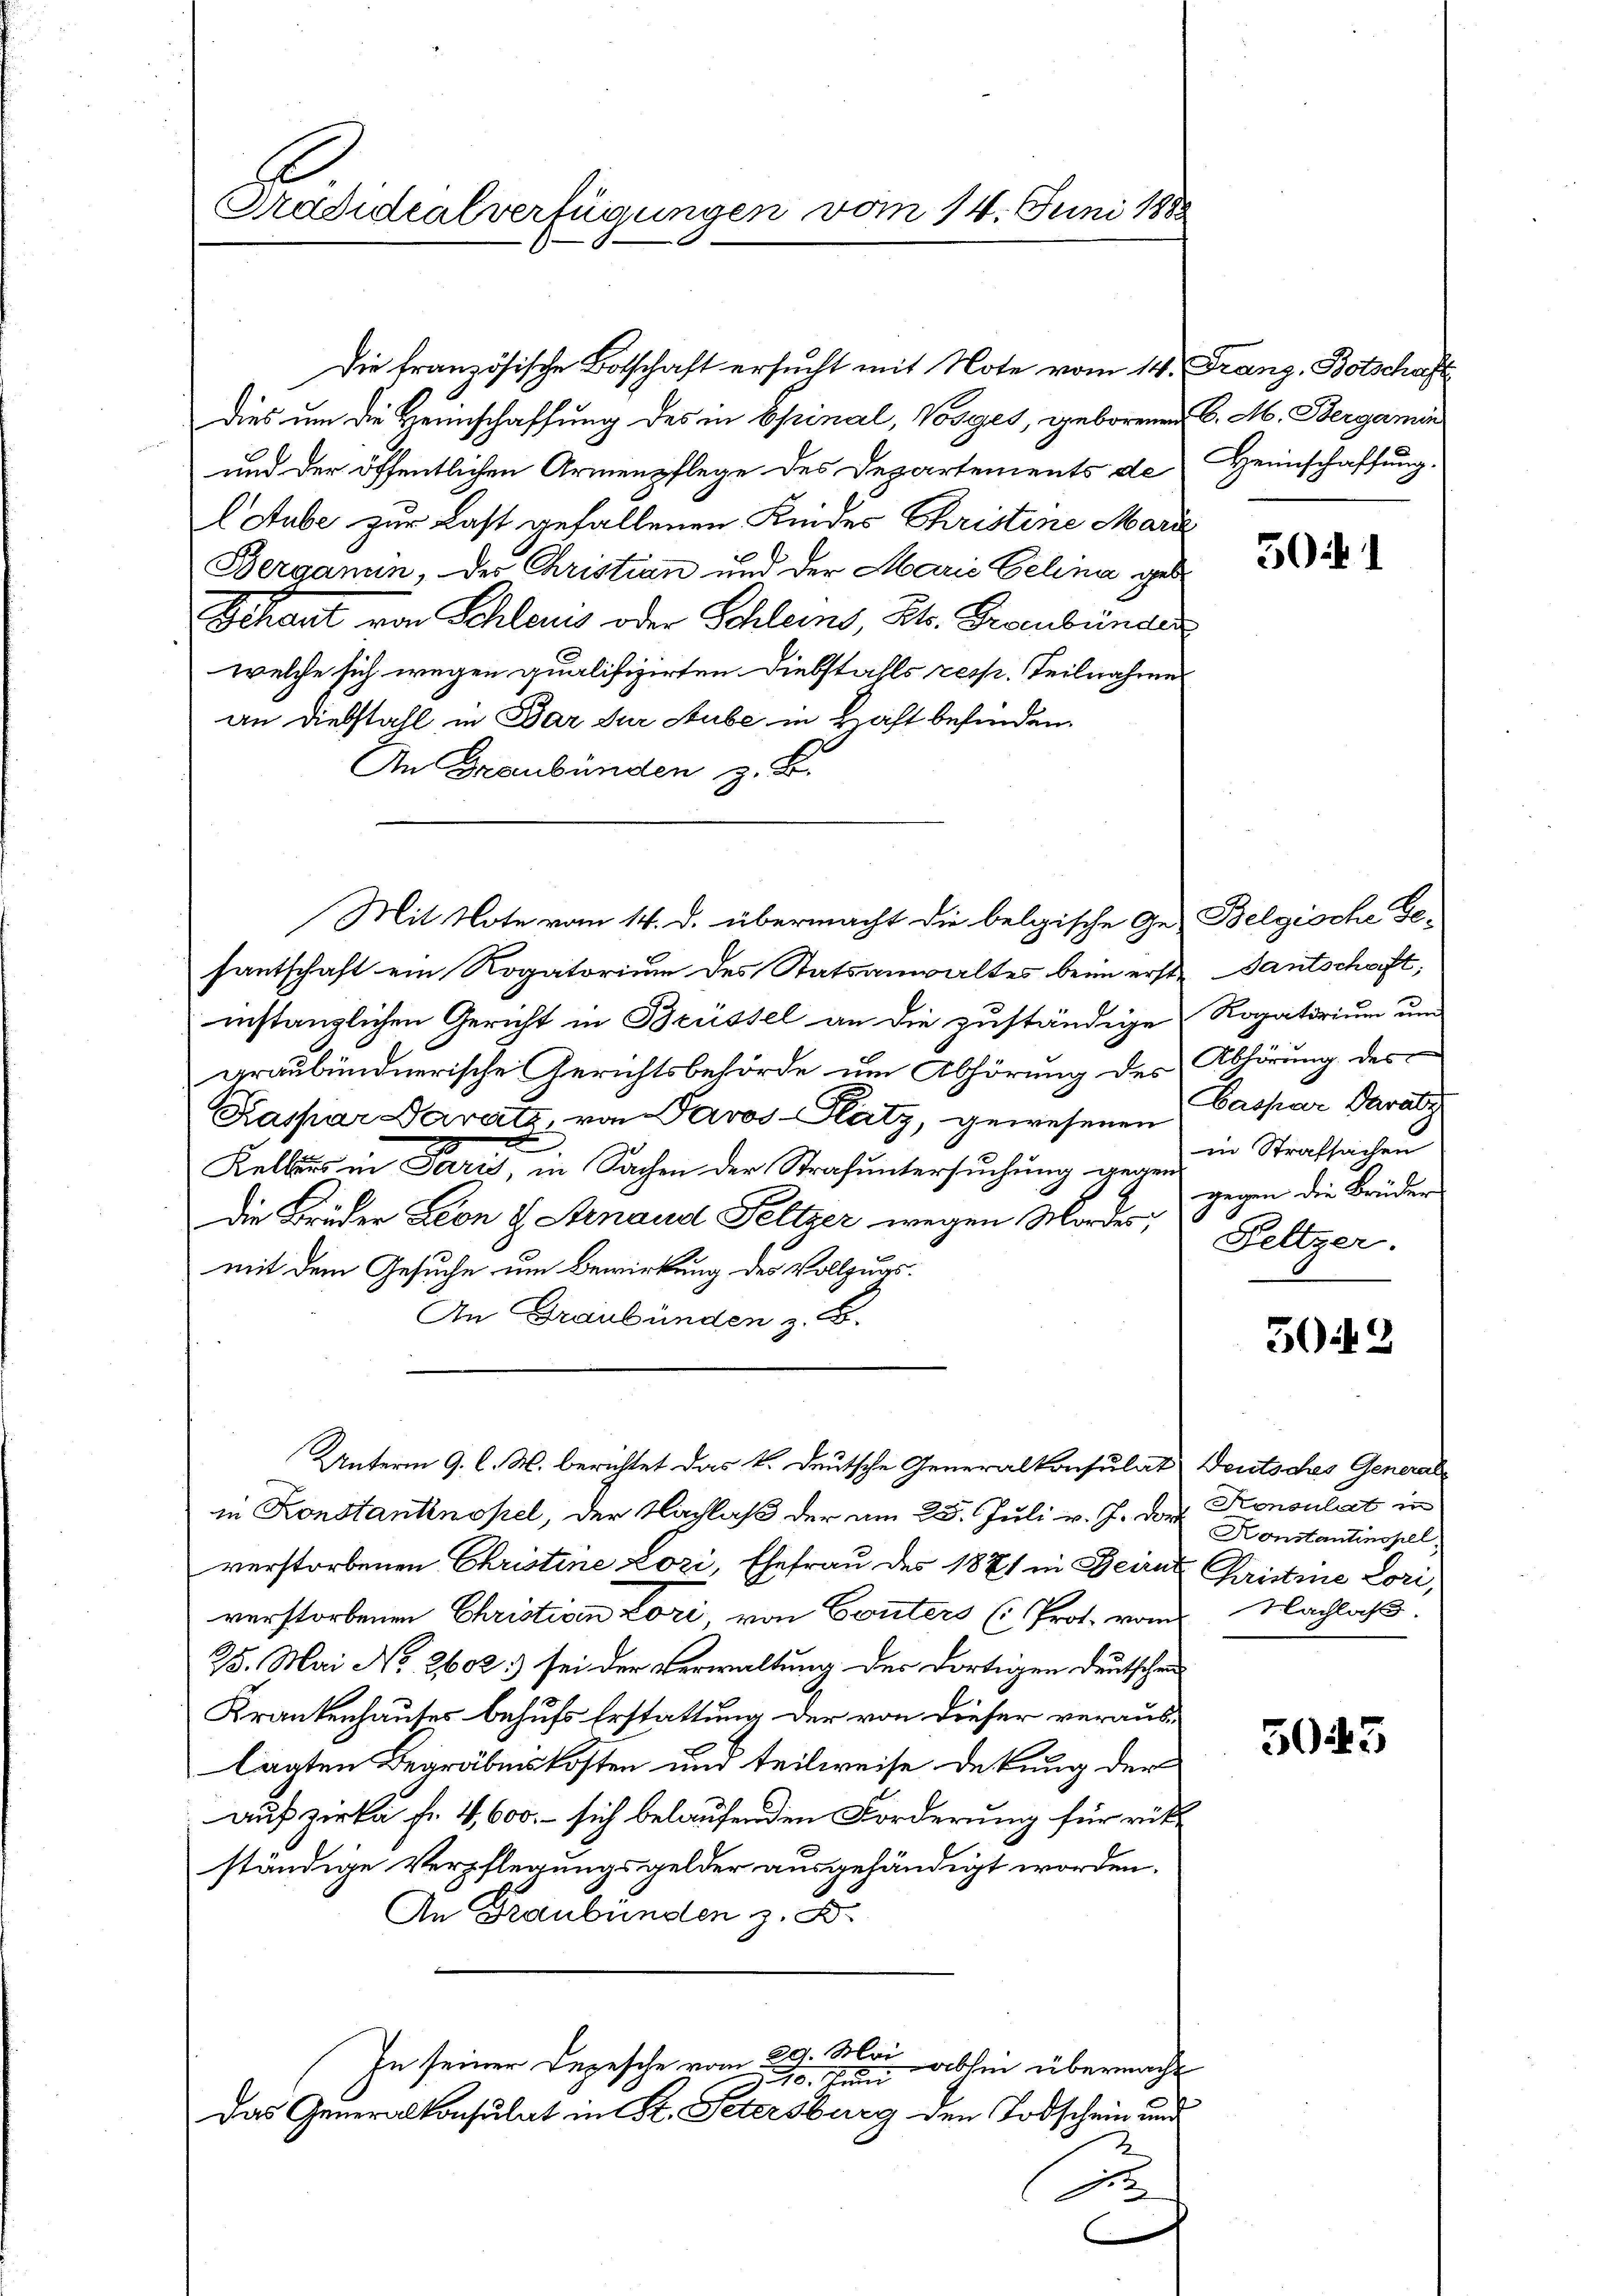
Pradidialverfügungen vom 14. Juni 1888

Die französische Botschaft ersucht mit Note vom 14. Franz, Botschaft
Dies um die Heimschaffung des in Spinal, Vosges, geborenen 6. M. Bergamin
und der öffentlichen Armenpflege des Departements de
EStube zur Last gefallenen Kindes Christine Mari
Berganin, der Christian und der Marie Gelina geb
Schaut von Schleuis oder Schleins, St. Graubünder
welche sich wegen qualifizirten Diebstahls resp. Teilnahme
an Diebstahl in Bar zur Stube in Haft befinden.
An Graubünden z. B.
santschaft ein Rogatorium des Statsanwaltes beim erstinstanzlichen Gericht in Brüssel an die zuständige
graubündnerische Gerichtsbehörde um Abhörung des Abhörung des
Kaspar Paratz, von Paros- Platz, gewesenen Caspar Paraly
Kelles in Paris, in Sachen der Strafuntersuchung gegen¬
Die Brüder Leon & Arnaud Feltzer wegen Mordes,
mit dem Gesuche um Bewirkung des Vollzugs¬
An Graubünden z. B.
Unterm 9. l. M. berichtet das k. deutsche Generalkonsulat Deutsches Generalin Konstantinopel, der Nachlaß der am 25. Juli v. J. der Konsulat in
verstorbenen Christine Lozi, Ehefrau des 1871 in Beirat Christine Lori,
verstorbenen Christiven Lori von Conters (Prot. vom Nachlass
25. Mai No 2602:) sei der Verwaltung der dortigen Deutschen
Krankenhauses behufs Erstattung der von dieser verauslanten Begräbniskosten und teilweise dekung der
auf zirke fr. 4,600. – sich belaufenden Forderung für rükständige Verpflegungsgelder ausgehändigt worden.
An Graubünden z. B.
In seiner Depesche vom 29. Mai
abhin übernacht
310. Juni
Das Generalkonsulat in St. Petersburg den Todschein und
d

Mit Note vom 14. d. übermacht die belgische Ge-Belgische Ge-

Heimschaffung.

30.4.1

Santschaft,
Rogatorium und
in Strafsachen
gegen die Brüder
Feltzer.

502

Konstantiessel

5043